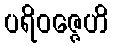
ပရိဝဇ္ဇေဟိ